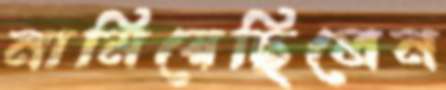
নামিয়েছিলেন